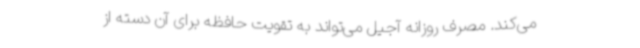
می‌کند. مصرف روزانه آجیل می‌تواند به تقویت حافظه برای آن دسته از